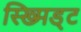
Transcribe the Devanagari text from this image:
स्ख्मिड्ट